Annual administration report of the Civil Veterinary Department of India - 1897-1898
Year: 1897
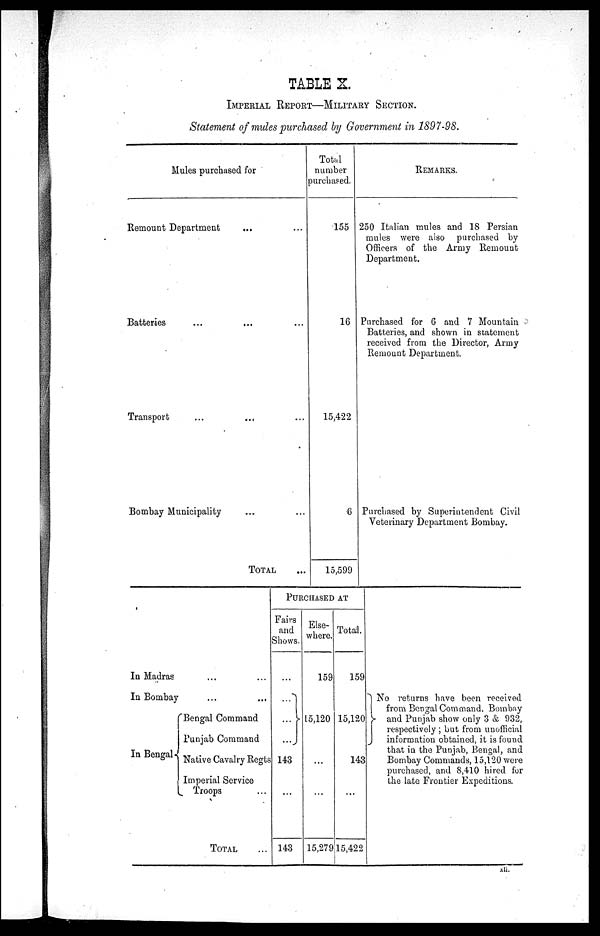
TABLE X.
IMPERIAL REPORT—MILITARY SECTION.
Statement of mules purchased by Government in 1897—98.
Mules purchased for
Remount Department ... ...
Batteries .... ... ...
Transport
....
... ...
Bombay Municipality ... ...
TOTAL ...
Total
number
purchased.
155
16
15,422
6
15,599
REMARKS.
250 Italian mules and 18 Persian
mules were also purchased by
Officers of the Army Remount
Department.
Purchased for 6 and 7 Mountain
Batteries, and shown in statement
received from the Director, Army
Remount Department.
Purchased by Superintendent Civil
Veterinary Department Bombay.
In Madras... ...
In Bombay... ...
In Bengal
{
Bengal Command
Punjab Command
Native Cavalry Regts
Imperial Service
Troops ...
TOTAL ...
PURCHASED AT
Fairs
and
Shows.
...
...
...
...
143
...
143
Else-
where.
159
15,120
...
...
15,279
Total.
159
15,120
143
...
15,422
No returns have been received
from Bengal Command. Bombay
and Punjab show only 3 & 932,
respectively ; but from unofficial
information obtained, it is found
that in the Punjab, Bengal, and
Bombay Commands, 15,120 were
purchased, and 8,410 hired for
the late Frontier Expeditions.
xli.